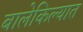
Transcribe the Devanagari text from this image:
बालेकिल्यात